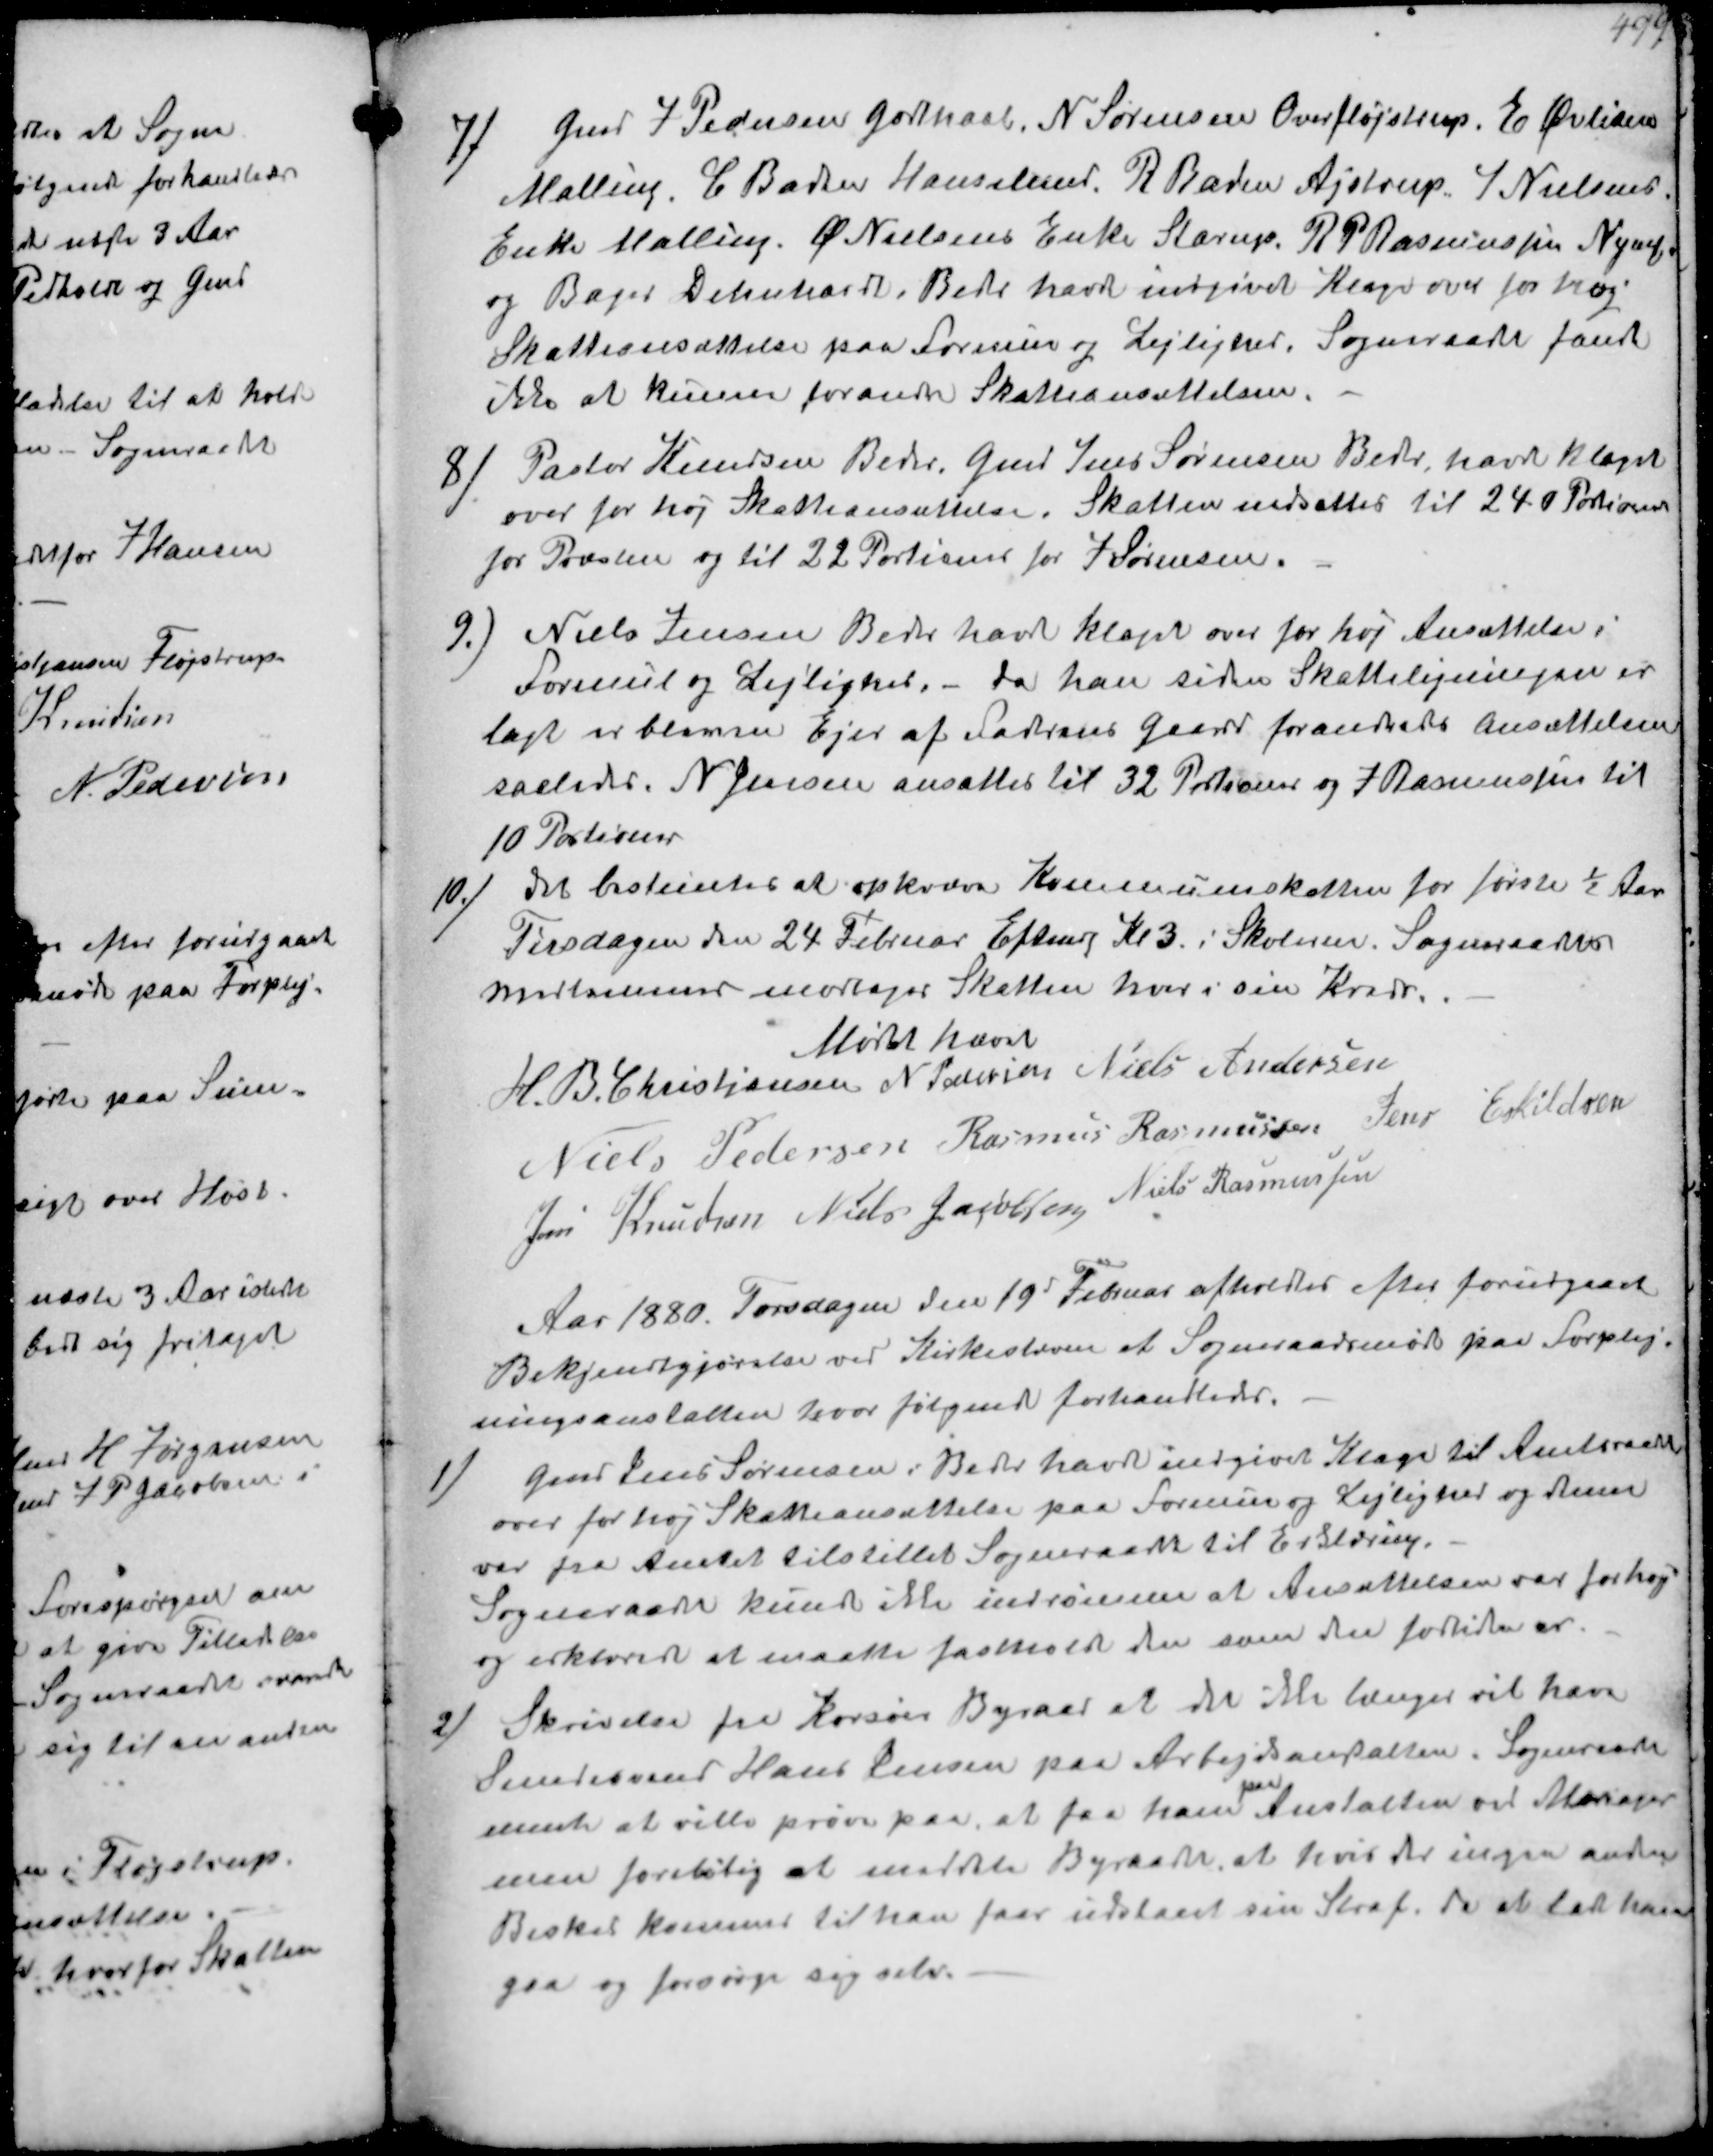
Transskription:
7/
Gmd J Pedersen Godthaab, N Sørensen Overfløjstrup. E Øvlisen
Malling. C Bader Hanselund. R Baden Ajstrup J Nielsens
Enke Malling. Ø Nielsens Enke Starup R P Rasmussen Nymk
og Bager Dehnhardt. Beder havde indgivet Klage over for høj
Skatteansættelse paa Formue og Lejlighed. Sogneraade fandt
ikke at kunne forandre Skatteansættelsen.
8/
Pastor Knudsen Beder Gmd Jens Sørensen Beder havde klager
over for høj Skatteansættelse. Skatten nedsættes til 240 Portion
for Præsten og til 22 Portioner for J Sørensen
9./
Niels Jensen Beder havde klaget over for høj Ansættelse i
Formue og Lejlighed. - da han siden Skatteligningen er
lagt er bleven Ejer af Faderens gaard forandredes ansættelsen
saaledes. N Jensen ansattes til 32 Portioner og J Rasmussen til
10 Portioner
10./
det bestemtes at opkræve Kommuneskatten for første ½ Aar
Tirsdagen den 24 Februar Eftmig Kl 3 i Skolen. Sogneraadets
medlemmer modtager Skatten hver i sin Kreds.
Mødet hævet
H. B. Christjansen
N Pedersen
Niels Andersen
Niels Pedersen
Rasmus Rasmussen
Jens Eskildsen
Jens Knudsen
Niels Jacobsen
Niels Rasmussen

Aar 1880. Torsdagen den 19d Februar afholdtes efter forudgaaet
Bekjendtgjørelse ved Kirkestævne et Sogneraadsmøde paa Forplej-
ningsanstalten hvor følgende forhandledes.
1/
Gmd Jens Sørensen i Beder havde indgivet Klage til Amtsraadet
over for høj Skatteansættelse paa Formue og Lejlighed og denne
var fra Amtet tilstillet Sogneraadet til Erklæring.
Sogneraadet kunde ikke indrømme at Ansættelsen var for høj
og erklærede at maatte fastholde den som den fortiden er.
2/
Skrivelse fra Korsør Byraad at de ikke længer vil have
Smedesvend Hans Jensen paa Arbejdsanstalten. Sogneraadet
mente at ville prøve paa, at faa ham
paa
Anstalten ved Mariager
men foreløbig at meddele Byraadet, at hvis der ingen anden
Besked kommet til han faar udstaaet sin Straf da at lade ham
gaa og forsørge sig selv.